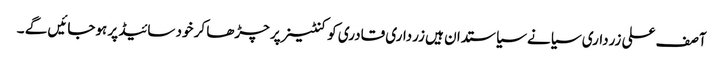
آصف علی زرداری سیانے سیاستدان ہیں زرداری قادری کو کنٹینر پر چڑھا کر خود سائیڈ پر ہوجائیں گے ۔